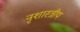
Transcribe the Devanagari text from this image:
नृशास्त्रीय